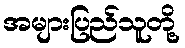
အများပြည်သူတို့